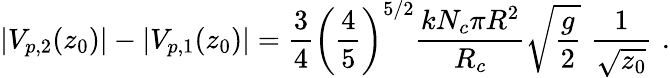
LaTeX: |V_{p,2}(z_{0})|-|V_{p,1}(z_{0})|=\frac{3}{4}\left(\frac{4}{5}\right)^{5/2}\frac{kN_{c}\pi R^{2}}{R_{c}}\sqrt{\frac{g}{2}}\, \, \frac{1}{\sqrt{z_{0}}}\, \, .